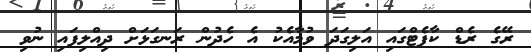
ރޭގެ ރެޑް ކާޕެޓްގައި އަލިގަދަ ވުމާއެކު އެ ހެދުން ރަނގަޅަށް ދިއްލިފައި ނުވި